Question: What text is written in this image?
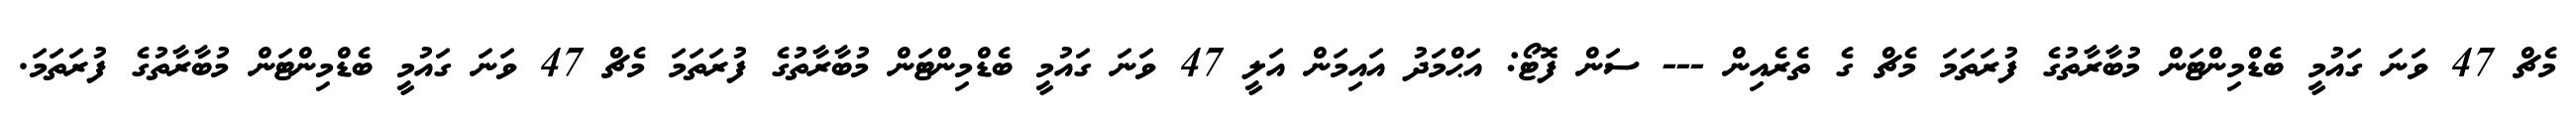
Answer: މެޗް 47 ވަނަ ގައުމީ ބެޑްމިންޓަން މުބާރާތުގެ ފުރަތަމަ މެޗް ގެ ތެރެއިން --- ސަން ފޮޓޯ: އަޙްމަދު އައިމަން އަލީ 47 ވަނަ ގައުމީ ބެޑްމިންޓަން މުބާރާތުގެ ފުރަތަމަ މެޗް 47 ވަނަ ގައުމީ ބެޑްމިންޓަން މުބާރާތުގެ ފުރަތަމަ.